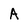
Character: A